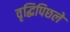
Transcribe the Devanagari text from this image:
वृद्धिपिछले